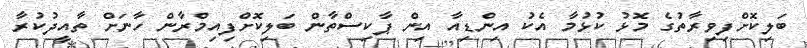
ބަލިކޮށްފިވިރާތުގެ މޮޅު ކުޅުމާ އެކު އިންޑިއާ އިން ޕާކިސްތާން ބަލިކޮށްފިއިމްރާން ހާނަށް ތާއީދުކުރާ